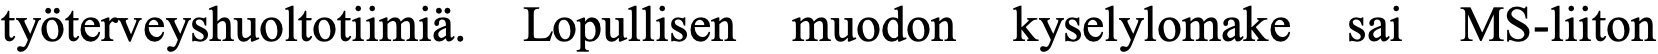
työterveyshuoltotiimiä. Lopullisen muodon kyselylomake sai MS-liiton